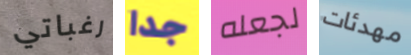
رغباتي جدا لجعله مهدئات